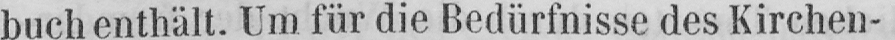
buch enthält. Um für die Bedürfnisse des Kirchen-